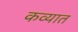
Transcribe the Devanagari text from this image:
कव्यात